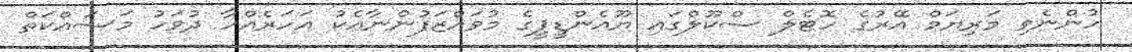
ހުންނެވި މަރިޔަމް އޭރުގެ ހޮޓެލް ސްކޫލްގައި ޔޫއެންޑީޕީގެ މުވައްޒަފުންނާއެކު އަހަރެއްހާ ދުވަހު މަސައްކަތް